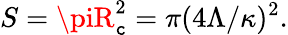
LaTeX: S=\piR_{\mathtt{c}}^{2}=\pi({4\Lambda}/{\kappa})^{2}.